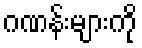
ဂဏန်းများကို